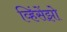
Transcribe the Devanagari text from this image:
व्हिंसेंझो